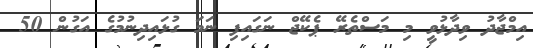
އިމްޖާދު ވިދާޅުވީ މި މަސްތެރޭ ޕެކޭޖް ނަގައިފި ނަމަ ގުޅައިދިނުމުގެ އަގުން 50